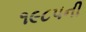
૧૯૮૫ની